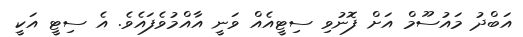
އަބްދު މައުސޫމް އަށް ފޮނުވި ސިޓީއެއް ވަނީ އާއްމުވެފައެވެ. އެ ސިޓީ އަކީ